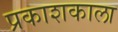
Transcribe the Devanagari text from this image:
प्रकाशकाला